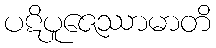
ပဋိပူဇေဿာမာတိ